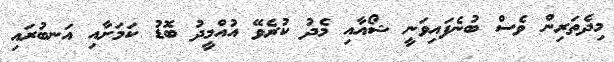
މިދެތަރިން ވެސް ބުނެފައިވަނީ ޝޯއާއި މެދު ކުރެވޭ އުއްމީދު ބޮޑު ކަމަށާއި އަނބުރައި